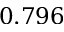
0 . 7 9 6